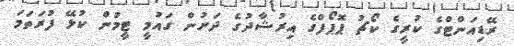
ރޭޑިއަންޓްގެ ކުރީގެ ކޯޗު ޕޮޕޯފްގެ އިރުޝާދުގެ ދަށުން ގައުމީ ޓީމުން ކުޅޭ ފުރަތަމަ